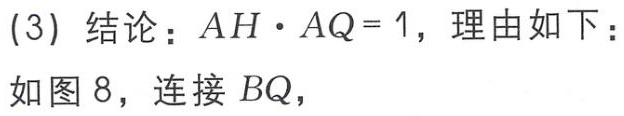
(3) 结论：\(AH\cdot AQ = 1\)，理由如下：
如图 8，连接 \(BQ\)，